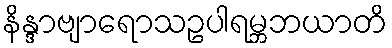
နိန္ဒာဗျာရောသဥပါရမ္ဘဘယာတိ